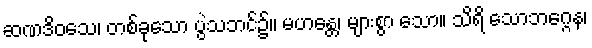
ဆဏဒိဝသေ၊ တစ်ခုသော ပွဲသဘင်၌။ မဟန္တေ၊ များစွာ သော။ သိရိ သောဘဂ္ဂေန၊